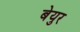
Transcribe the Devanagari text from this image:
बेयुर